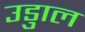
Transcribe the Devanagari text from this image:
उडुाल